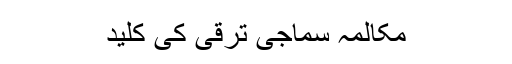
مکالمہ سماجی ترقی کی کلید